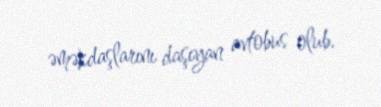
əməkdaşlarını daşıyan avtobus olub.